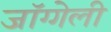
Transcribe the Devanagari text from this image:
जॉग्गेली